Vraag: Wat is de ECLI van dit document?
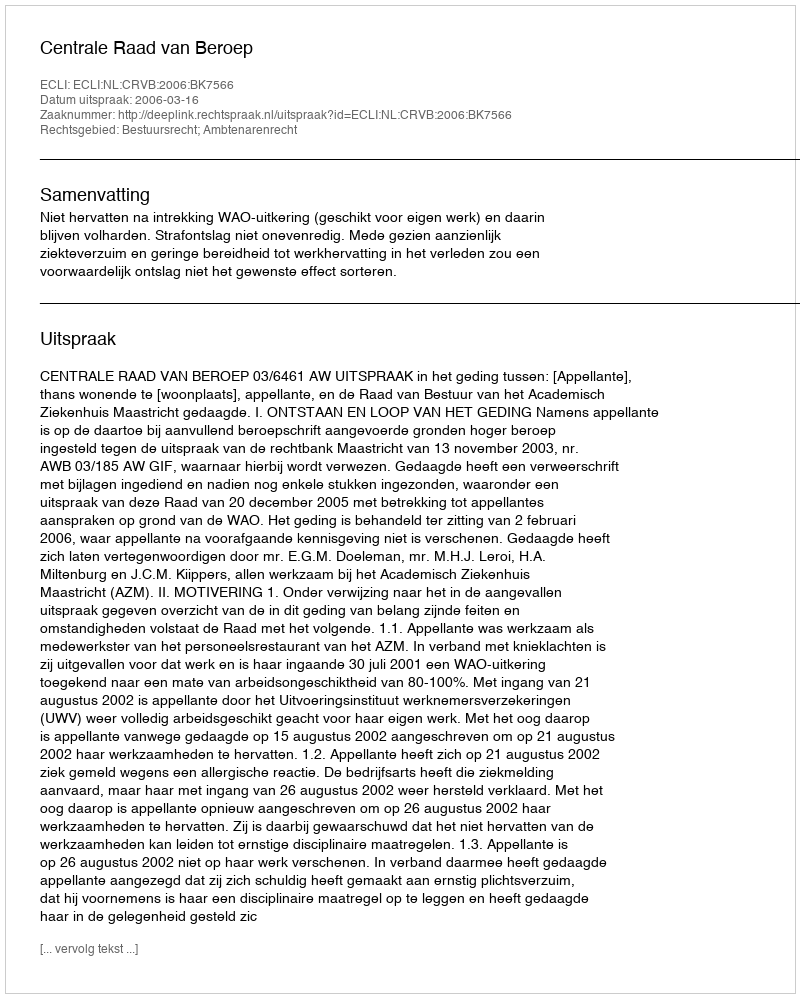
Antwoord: ECLI:NL:CRVB:2006:BK7566